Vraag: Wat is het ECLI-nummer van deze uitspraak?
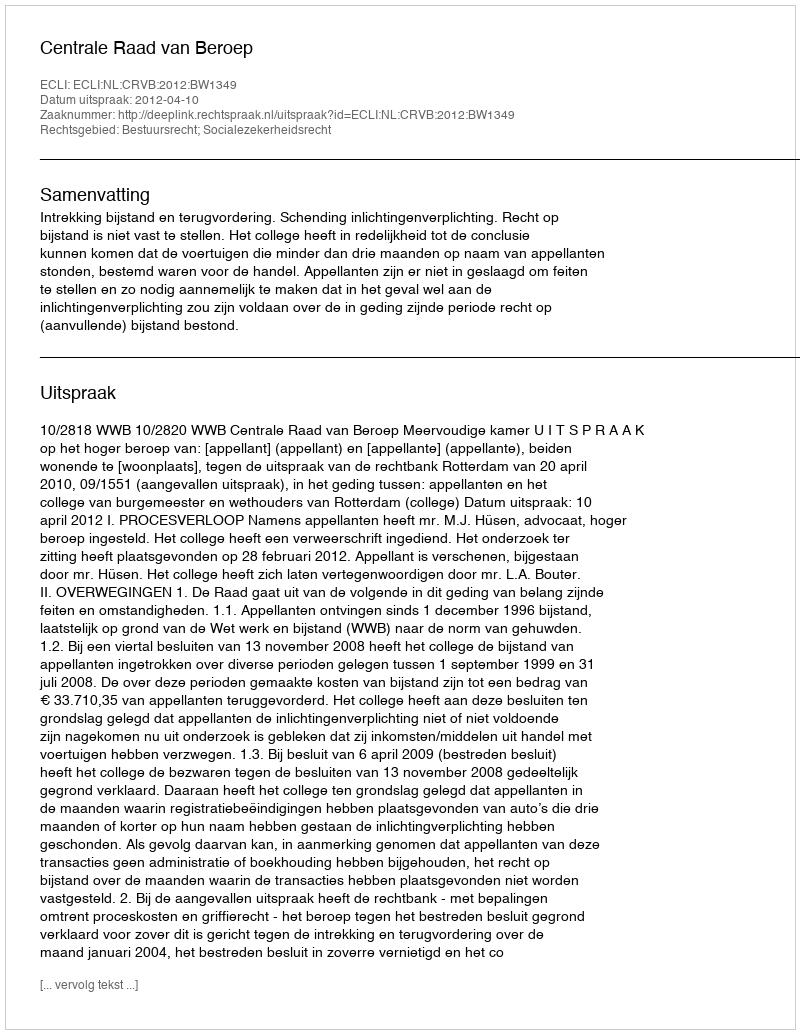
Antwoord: ECLI:NL:CRVB:2012:BW1349